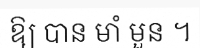
ឱ្យ បាន មាំ មួន ។